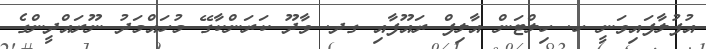
އުފުލާފައިވަނީ ހ. ހިލްޓަން އާލިފް ރައޫފާއި ގދ. ވާދޫ ކަރަންކާގޭ މުހައްމަދު ނޫރައްދީންގެ